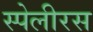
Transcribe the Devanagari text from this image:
स्पेलीरस